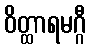
ဝိတ္ထာရမဂ္ဂီ